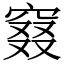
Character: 窡